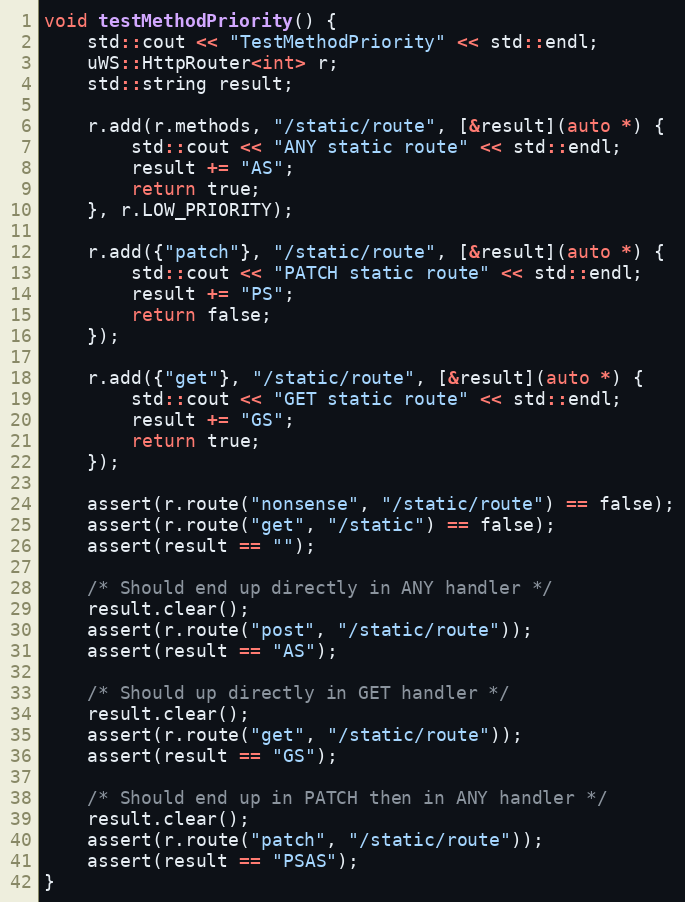
Language: C++
void testMethodPriority() {
    std::cout << "TestMethodPriority" << std::endl;
    uWS::HttpRouter<int> r;
    std::string result;

    r.add(r.methods, "/static/route", [&result](auto *) {
        std::cout << "ANY static route" << std::endl;
        result += "AS";
        return true;
    }, r.LOW_PRIORITY);

    r.add({"patch"}, "/static/route", [&result](auto *) {
        std::cout << "PATCH static route" << std::endl;
        result += "PS";
        return false;
    });

    r.add({"get"}, "/static/route", [&result](auto *) {
        std::cout << "GET static route" << std::endl;
        result += "GS";
        return true;
    });

    assert(r.route("nonsense", "/static/route") == false);
    assert(r.route("get", "/static") == false);
    assert(result == "");

    /* Should end up directly in ANY handler */
    result.clear();
    assert(r.route("post", "/static/route"));
    assert(result == "AS");

    /* Should up directly in GET handler */
    result.clear();
    assert(r.route("get", "/static/route"));
    assert(result == "GS");

    /* Should end up in PATCH then in ANY handler */
    result.clear();
    assert(r.route("patch", "/static/route"));
    assert(result == "PSAS");
}